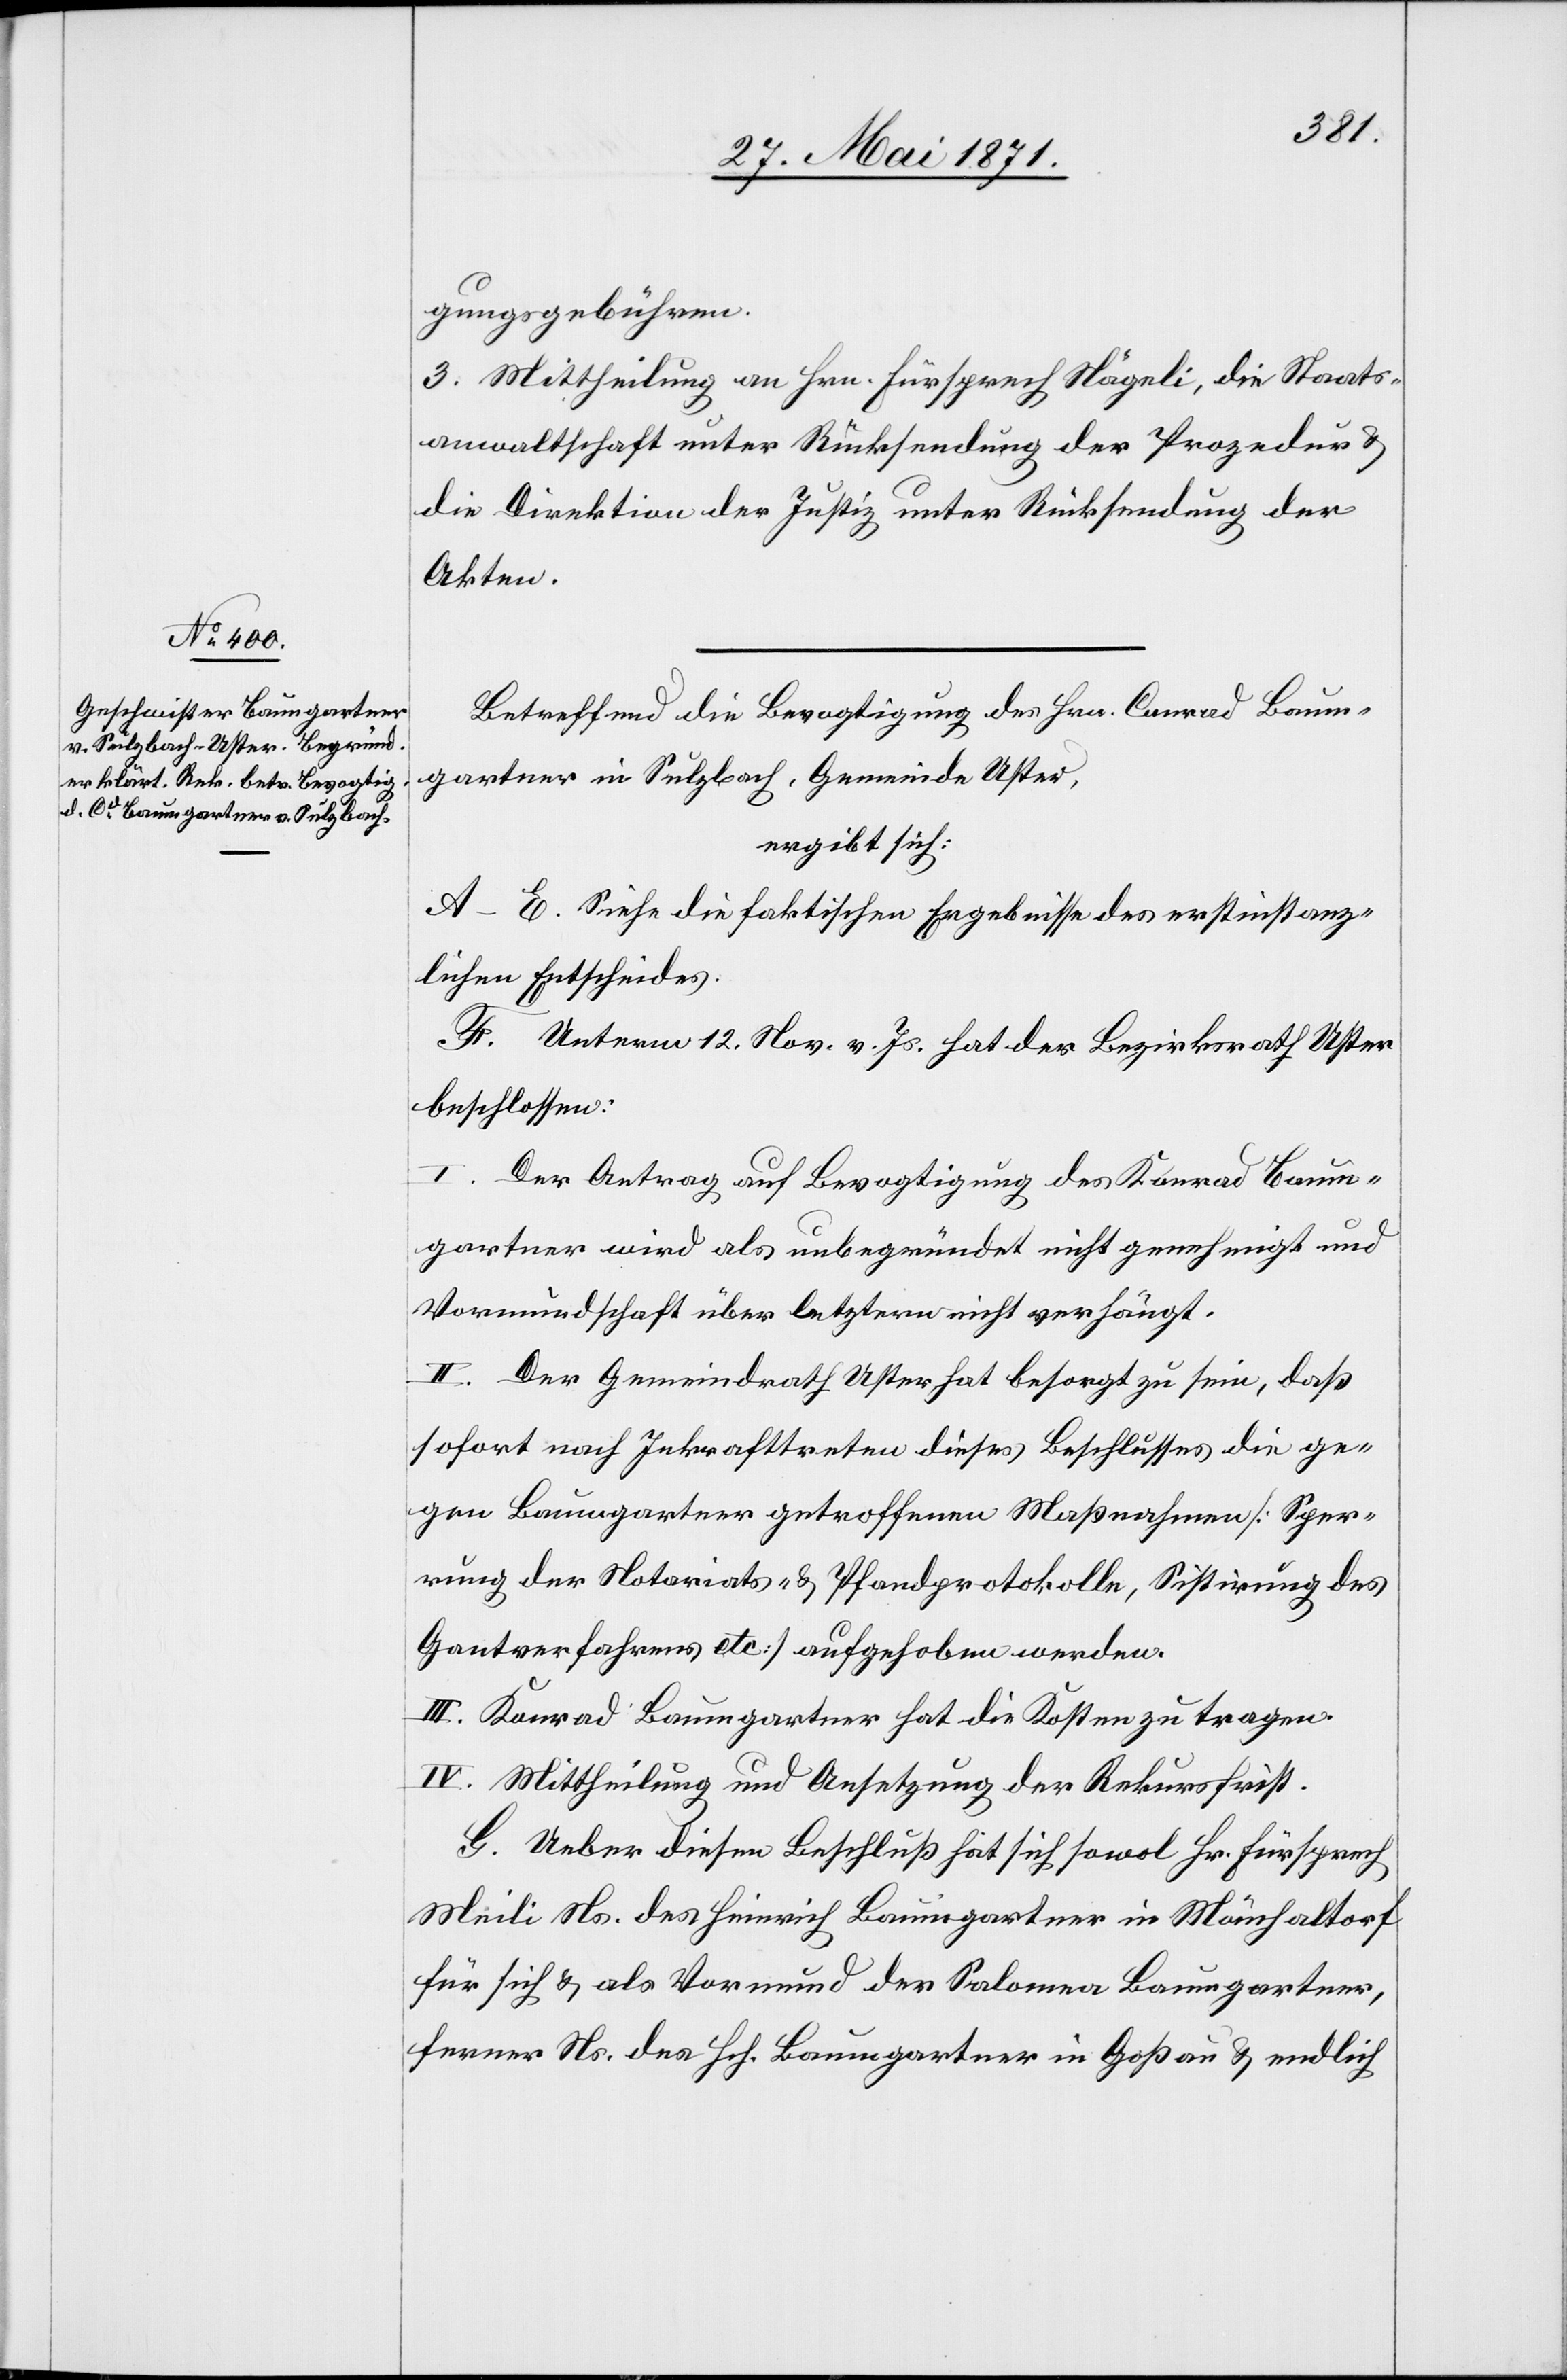
gungsgebühren.
3. Mittheilung an Hrn. Fürsprech Nägeli, die Staats¬
anwaltschaft unter Rücksendung der Prozedur u.
die Direktion der Justiz unter Rücksendung der
Akten.
Betreffend die Bevogtigung des Hrn. Conrad Baum¬
gartner in Sulzbach, Gemeinde Uster,
ergibt sich:
A–E. Siehe die faktischen Ergebnisse des erstinstanz¬
lichen Entscheides.
F. Unterm 12. Nov. v. Js. hat der Bezirksrath Uster
beschlossen:
I. Der Antrag auf Bevogtigung des Konrad Baum¬
gartner wird als unbegründet nicht genehmigt und
Vormundschaft über letztern nicht verhängt.
II. Der Gemeindrath Uster hat besorgt zu sein, daß
sofort nach Inkrafttreten dieses Beschlusses die ge¬
gen Baumgartner getroffenen Maßnahmen [Sper¬
rung der Notariats- u. Pfandprotokolle, Sistirung des
Gantverfahrens etc.] aufgehoben werden.
III. Konrad Baumgartner hat die Kosten zu tragen.
IV. Mittheilung und Ansetzung der Rekursfrist.
G. Ueber diesen Beschluß hat sich sowol Hr. Fürsprech
Meili Ns. des Heinrich Baumgartner in Mönchaltorf
für sich u. als Vormund der Salomea Baumgartner,
ferner Ns. des Hch. Baumgartner in Goßau u. endlich